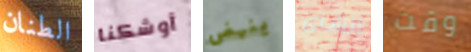
الطنان أوشكنا ينهض الشاى وقت